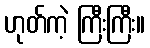
ဟုတ်ကဲ့ ကြီးကြီး။